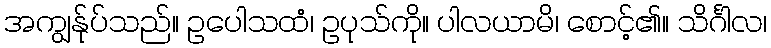
အကျွန်ုပ်သည်။ ဥပေါသထံ၊ ဥပုသ်ကို။ ပါလယာမိ၊ စောင့်၏။ သိင်္ဂါလ၊